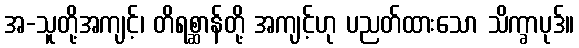
အ-သူတို့အကျင့်၊ တိရစ္ဆာန်တို့ အကျင့်ဟု ပညတ်ထားသော သိက္ခာပုဒ်။